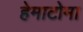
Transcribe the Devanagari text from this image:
हेमाटोमा